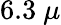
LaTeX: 6.3~\mu